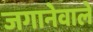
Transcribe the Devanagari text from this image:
जगानेवाले